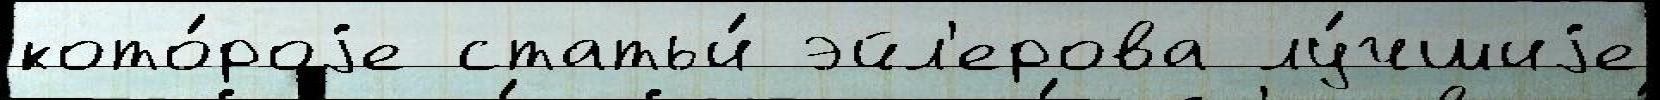
кото́роjе статьи́ эйл'ерова лу́чшиjе